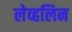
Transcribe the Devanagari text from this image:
लेव्हलिन